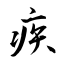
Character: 疾